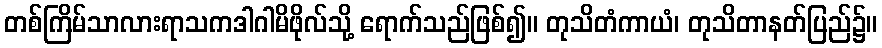
တစ်ကြိမ်သာလားရာသကဒါဂါမိဖိုလ်သို့ ရောက်သည်ဖြစ်၍။ တုသိတံကာယံ၊ တုသိတာနတ်ပြည်၌။